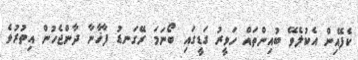
ކެފޭއިން އެކުލެވޭ ބުއިންތައް ހަވީރު ގަޑީގައި ބޯނަމަ ރޭގަނޑު ފާޚާނާ ދާންޖެހުން އިތުރުވެ